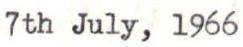
7th July, 1966